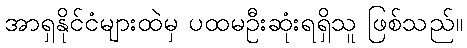
အာရှနိုင်ငံများထဲမှ ပထမဦးဆုံးရရှိသူ ဖြစ်သည်။